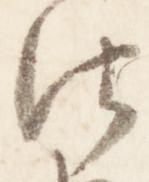
法